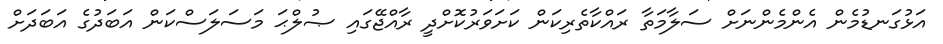
އަޅުގަނޑުމެން އެންމެންނަށް ސަލާމަތާ ރައްކާތެރިކަން ކަށަވަރުކޮށްދީ ރާއްޖޭގައި ޞުލްޙަ މަސަލަސްކަން އަބަދުގެ އަބަދަށް